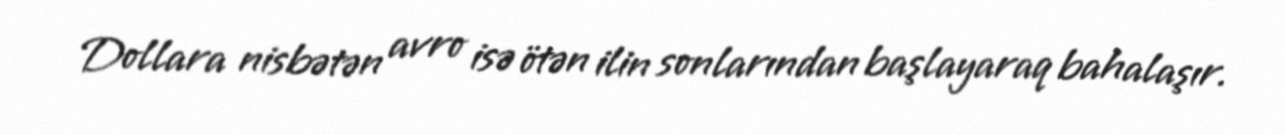
Dollara nisbətən avro isə ötən ilin sonlarından başlayaraq bahalaşır.